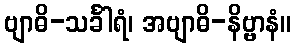
ဗျာဓိ-သင်္ခါရံ၊ အဗျာဓိ-နိဗ္ဗာနံ။